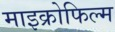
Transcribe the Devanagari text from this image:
माइक्रोफिल्‍म